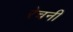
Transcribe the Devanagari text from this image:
रेचनी